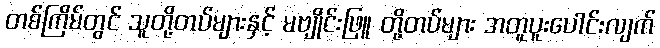
တစ်ကြိမ်တွင် သူတို့တပ်များနှင့် မဗျိုင်းဖြူ တို့တပ်များ အတူပူးပေါင်းလျက်